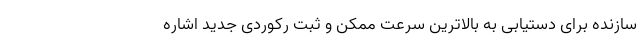
سازنده برای دستیابی به بالاترین سرعت ممکن و ثبت رکوردی جدید اشاره